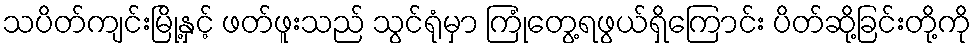
သပိတ်ကျင်းမြို့နှင့် ဖတ်ဖူးသည် သွင်ရုံမှာ ကြုံတွေ့ရဖွယ်ရှိကြောင်း ပိတ်ဆို့ခြင်းတို့ကို